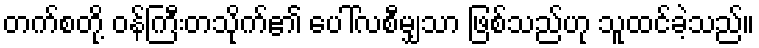
တက်စတို့ ဝန်ကြီးတသိုက်၏ ပေါ်လစီမျှသာ ဖြစ်သည်ဟု သူထင်ခဲ့သည်။